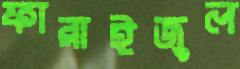
ফারাইজুল